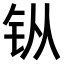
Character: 𫓩